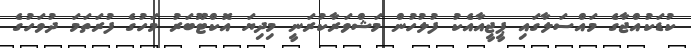
ކުޑަކުއްޖާގެ މައްސަލާގައި ޕީޖީއާއެކު ފުލުހުން މަޝްވަރާކުރަނީ މިދިޔަ އޮކްޓޫބަރު މަހުގެ ފުރަތަމަ ދުވަހުގެ